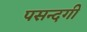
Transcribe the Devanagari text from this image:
पसन्दगी